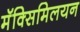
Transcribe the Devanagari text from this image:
मॅक्सिमिलयन